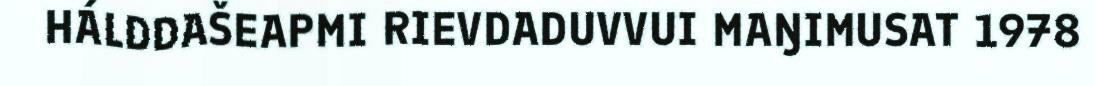
HÁLDDAŠEAPMI RIEVDADUVVUI MAŊIMUSAT 1978